Civil Veterinary Department. Madras. Admin. report 1926-33 - 1926-1933
Year: 1926
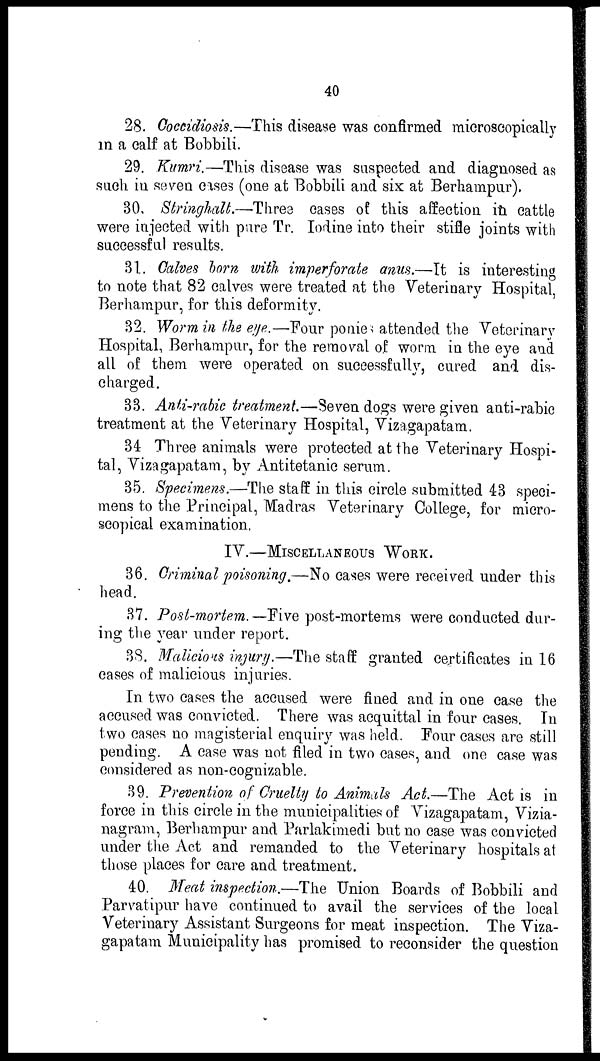
40
28. Coccidiosis.—This disease was confirmed microscopically
in a calf at Bobbili.
29. Kumri.—This disease was suspected and diagnosed as
such in seven cases (one at Bobbili and six at Berhampur).
30. Stringhalt.—Three cases of this affection in cattle
were injected with pure Tr. Iodine into their stifle joints with
successful results.
31. Calves born with imperforate anus.—It is interesting
to note that 82 calves were treated at the Veterinary Hospital,
Berhampur, for this deformity.
32. Worm in the eye.—Four ponies attended the Veterinary
Hospital, Berhampur, for the removal of worm in the eye and
all of them were operated on successfully, cured and dis-
charged.
33. Anti-rabic treatment.—Seven dogs were given anti-rabic
treatment at the Veterinary Hospital, Vizagapatam.
34 Three animals were protected at the Veterinary Hospi-
tal, Vizagapatam, by Antitetanic serum.
35. Specimens.—The staff in this circle submitted 43 speci-
mens to the Principal, Madras Veterinary College, for micro-
scopical examination.
IV.—MISCELLANEOUS WORK.
36. Criminal poisoning.—No cases were received under this
head.
37. Post-mortem.—Five post-mortems were conducted dur-
ing the year under report.
38. Malicious injury.—The staff granted certificates in 16
cases of malicious injuries.
In two cases the accused were fined and in one case the
accused was convicted. There was acquittal in four cases. In
two cases no magisterial enquiry was held. Four cases are still
pending. A case was not filed in two cases, and one case was
considered as non-cognizable.
39. Prevention of Cruelty to Animals Act.—The Act is in
force in this circle in the municipalities of Vizagapatam, Vizia-
nagram, Berhampur and Parlakimedi but no case was convicted
under the Act and remanded to the Veterinary hospitals at
those places for care and treatment.
40. Meat inspection.—The Union Boards of Bobbili and
Parvatipur have continued to avail the services of the local
Veterinary Assistant Surgeons for meat inspection. The Viza-
gapatam Municipality has promised to reconsider the question